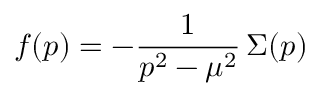
f ( p ) = - { \frac { 1 } { p ^ { 2 } - \mu ^ { 2 } } } \, \Sigma ( p )